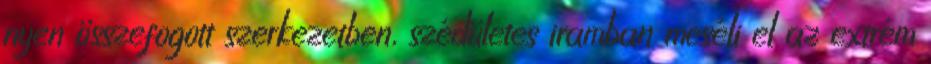
nyen összefogott szerkezetben, szédületes iramban meséli el az extrém